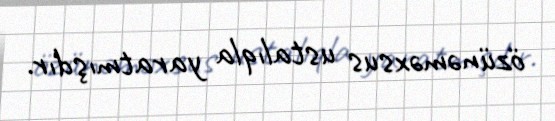
özünəməxsus ustalıqla yaratmışdır.